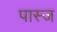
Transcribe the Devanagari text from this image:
पास्ज